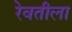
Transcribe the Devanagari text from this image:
रेवतीला